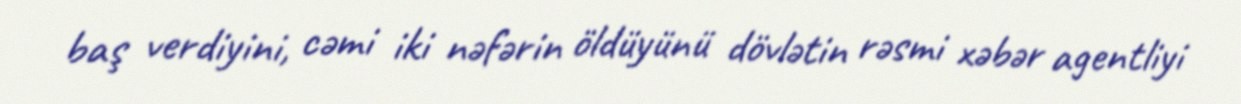
baş verdiyini, cəmi iki nəfərin öldüyünü dövlətin rəsmi xəbər agentliyi